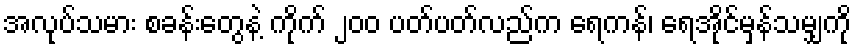
အလုပ်သမား စခန်းတွေနဲ့ ကိုက် ၂၀၀ ပတ်ပတ်လည်က ရေကန်၊ ရေအိုင်မှန်သမျှကို